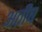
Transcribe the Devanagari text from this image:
अतीष